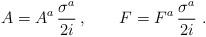
LaTeX: \begin{align*}A = A^a \, \frac{\sigma^a}{2 i}\,, \qquad F = F^a \, \frac{\sigma^a}{2 i}\,\,.\end{align*}